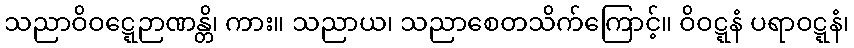
သညာဝိဝဋ္ဋေဉာဏန္တိ၊ ကား။ သညာယ၊ သညာစေတသိက်ကြောင့်။ ဝိဝဋ္ဋနံ ပရာဝဋ္ဋနံ၊